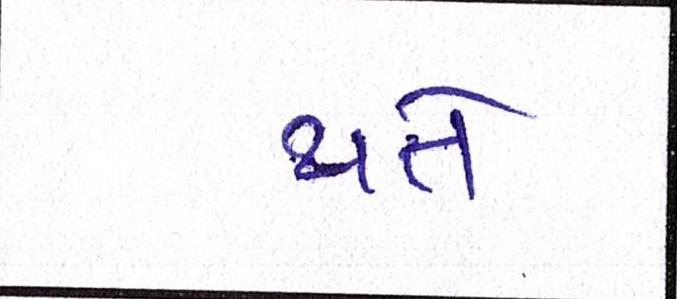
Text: થતે